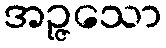
အဉ္ဇသော